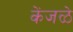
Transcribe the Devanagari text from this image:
केंजळे